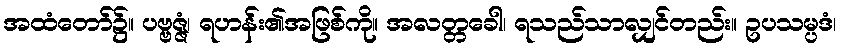
အထံတော်၌။ ပဗ္ဗဇ္ဇံ၊ ရဟန်း၏အဖြစ်ကို။ အလတ္တခေါ၊ ရသည်သာလျှင်တည်း။ ဥပသမ္ပဒံ၊